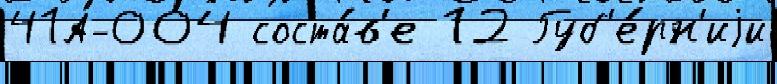
41А-004 соста́в'е 12 Губ'е́рн'иjи